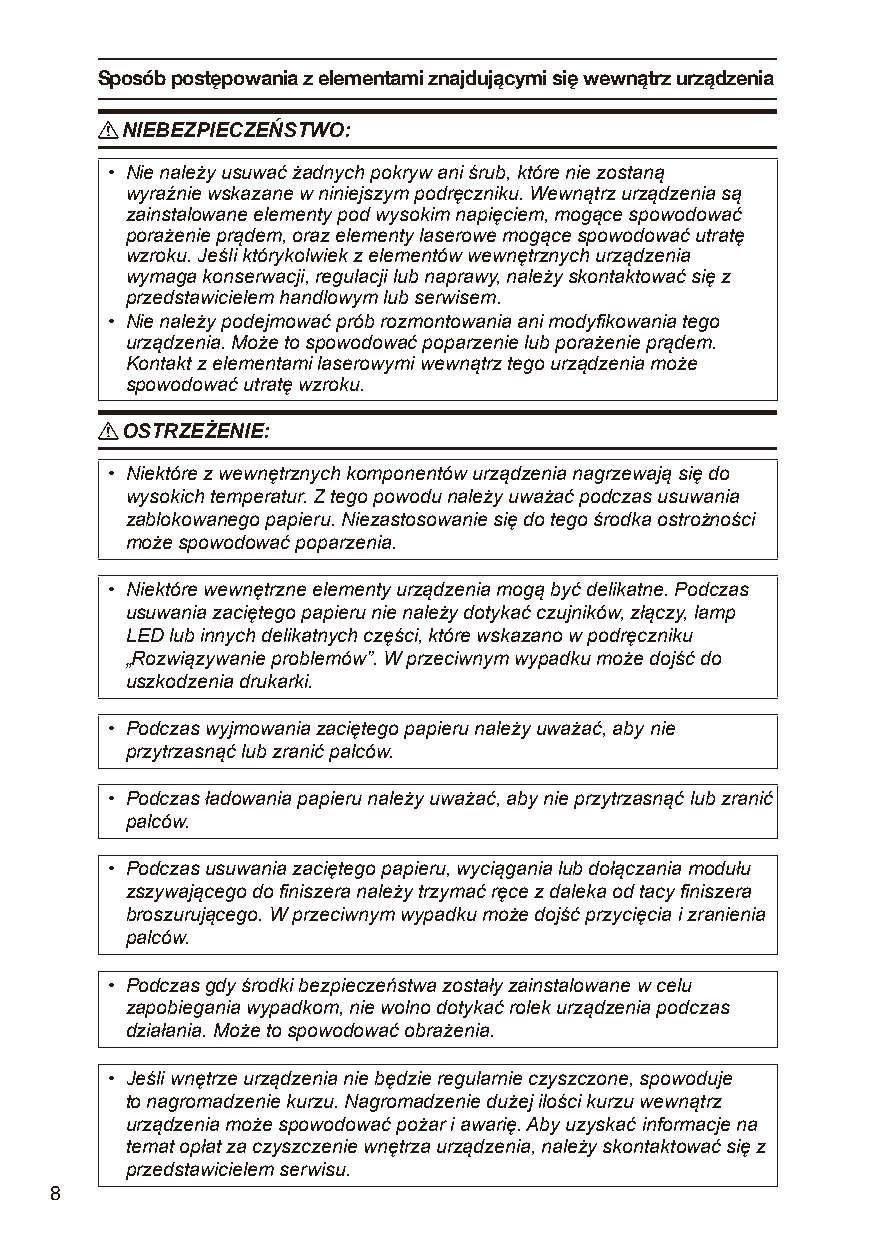
Sposób postępowania z elementami znajdującymi się wewnątrz urządzenia
 R NIEBEZPIECZEŃSTWO:
 • Nie należy usuwać żadnych pokryw ani śrub, które nie zostaną
 wyraźnie wskazane w niniejszym podręczniku. Wewnątrz urządzenia są
 zainstalowane elementy pod wysokim napięciem, mogące spowodować
 porażenie prądem, oraz elementy laserowe mogące spowodować utratę
 wzroku. Jeśli którykolwiek z elementów wewnętrznych urządzenia
 wymaga konserwacji, regulacji lub naprawy, należy skontaktować się z
 przedstawicielem handlowym lub serwisem.
 • Nie należy podejmować prób rozmontowania ani modyfikowania tego
 urządzenia. Może to spowodować poparzenie lub porażenie prądem.
 Kontakt z elementami laserowymi wewnątrz tego urządzenia może
 spowodować utratę wzroku.
 R OSTRZEŻENIE:
 • Niektóre z wewnętrznych komponentów urządzenia nagrzewają się do
 wysokich temperatur. Z tego powodu należy uważać podczas usuwania
 zablokowanego papieru. Niezastosowanie się do tego środka ostrożności
 może spowodować poparzenia.
 • Niektóre wewnętrzne elementy urządzenia mogą być delikatne. Podczas
 usuwania zaciętego papieru nie należy dotykać czujników, złączy, lamp
 LED lub innych delikatnych części, które wskazano w podręczniku
 „Rozwiązywanie problemów”. W przeciwnym wypadku może dojść do
 uszkodzenia drukarki.
 • Podczas wyjmowania zaciętego papieru należy uważać, aby nie
 przytrzasnąć lub zranić palców.
 • Podczas ładowania papieru należy uważać, aby nie przytrzasnąć lub zranić
 palców.
 • Podczas usuwania zaciętego papieru, wyciągania lub dołączania modułu
 zszywającego do finiszera należy trzymać ręce z daleka od tacy finiszera
 broszurującego. W przeciwnym wypadku może dojść przycięcia i zranienia
 palców.
 • Podczas gdy środki bezpieczeństwa zostały zainstalowane w celu
 zapobiegania wypadkom, nie wolno dotykać rolek urządzenia podczas
 działania. Może to spowodować obrażenia.
 • Jeśli wnętrze urządzenia nie będzie regularnie czyszczone, spowoduje
 to nagromadzenie kurzu. Nagromadzenie dużej ilości kurzu wewnątrz
 urządzenia może spowodować pożar i awarię. Aby uzyskać informacje na
 temat opłat za czyszczenie wnętrza urządzenia, należy skontaktować się z
 przedstawicielem serwisu.
 8